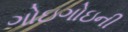
ગોઇગોઇની